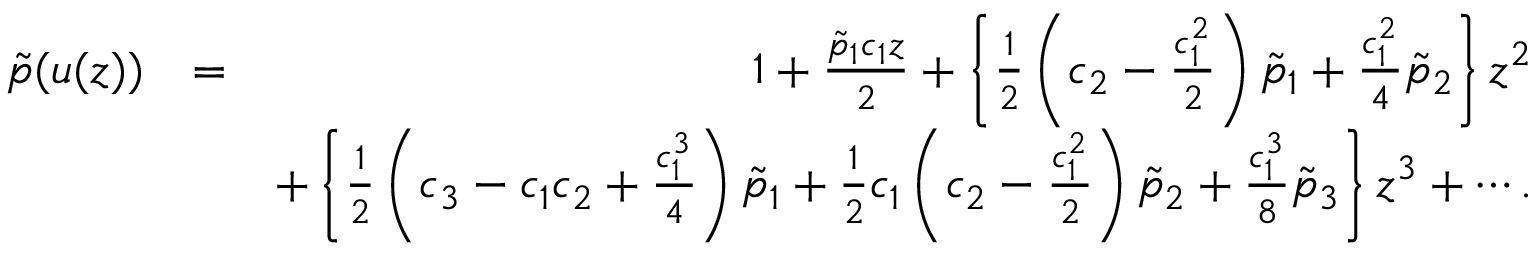
\begin{array} { r l r } { \tilde { p } ( u ( z ) ) } & { = } & { 1 + \frac { \tilde { p } _ { 1 } c _ { 1 } z } { 2 } + \left\{ \frac { 1 } { 2 } \left( c _ { 2 } - \frac { c _ { 1 } ^ { 2 } } { 2 } \right) \tilde { p } _ { 1 } + \frac { c _ { 1 } ^ { 2 } } { 4 } \tilde { p } _ { 2 } \right\} z ^ { 2 } } \\ & { ~ } & { + \left\{ \frac { 1 } { 2 } \left( c _ { 3 } - c _ { 1 } c _ { 2 } + \frac { c _ { 1 } ^ { 3 } } { 4 } \right) \tilde { p } _ { 1 } + \frac { 1 } { 2 } c _ { 1 } \left( c _ { 2 } - \frac { c _ { 1 } ^ { 2 } } { 2 } \right) \tilde { p } _ { 2 } + \frac { c _ { 1 } ^ { 3 } } { 8 } \tilde { p } _ { 3 } \right\} z ^ { 3 } + \cdots . } \end{array}